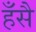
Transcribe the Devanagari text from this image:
हँसै